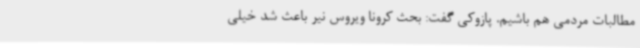
مطالبات مردمی هم باشیم. پازوکی گفت: بحث کرونا ویروس نیر باعث شد خیلی